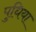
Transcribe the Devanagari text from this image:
पुधिया